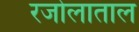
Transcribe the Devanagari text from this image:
रजोलाताल